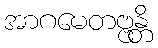
အာဂမေတဗ္ဗန္တိ